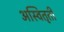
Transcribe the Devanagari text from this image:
अस्वितृती